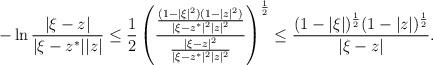
LaTeX: \begin{align*}- \ln \frac{|\xi-z|}{|\xi-z^*||z|} \leq \frac{1}{2} \left( \frac{ \frac{(1-|\xi|^2)(1-|z|^2)}{|\xi-z^*|^2|z|^2} }{ \frac{|\xi-z|^2}{|\xi-z^*|^2|z|^2} } \right)^{\frac{1}{2}} \leq \frac{(1-|\xi|)^{\frac{1}{2}} (1-|z|)^{\frac{1}{2}}}{|\xi-z|}.\end{align*}